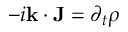
- i \mathbf { k } \cdot \mathbf { J } = \partial _ { t } \rho